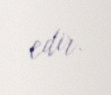
edir.